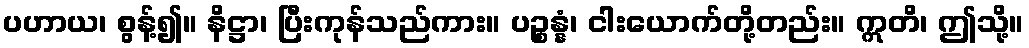
ပဟာယ၊ စွန့်၍။ နိဋ္ဌာ၊ ပြီးကုန်သည်ကား။ ပဉ္စန္နံ၊ ငါးယောက်တို့တည်း။ ဣတိ၊ ဤသို့။